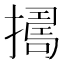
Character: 𢶈